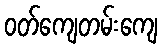
ဝတ်ကျေတမ်းကျေ